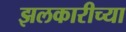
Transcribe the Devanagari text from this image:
झलकारीच्या